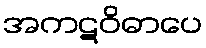
အကဋဝိဓာပေ